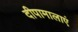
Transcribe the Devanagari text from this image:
दीपामालाएं